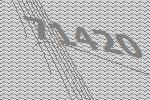
71420